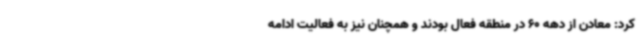
کرد: معادن از دهه 60 در منطقه فعال بودند و همچنان نیز به فعالیت ادامه